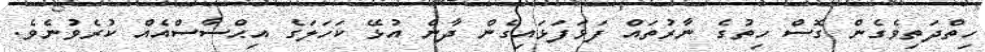
ހިތްދަތިވެގެން ގޮސް ހިތުގެ ނާރުތައް ފަޅަފަޅައިގެން ދާން އުޅޭ ކަހަލަގެ އިޙްސާސްއެއް ކުރެވުނެވެ.